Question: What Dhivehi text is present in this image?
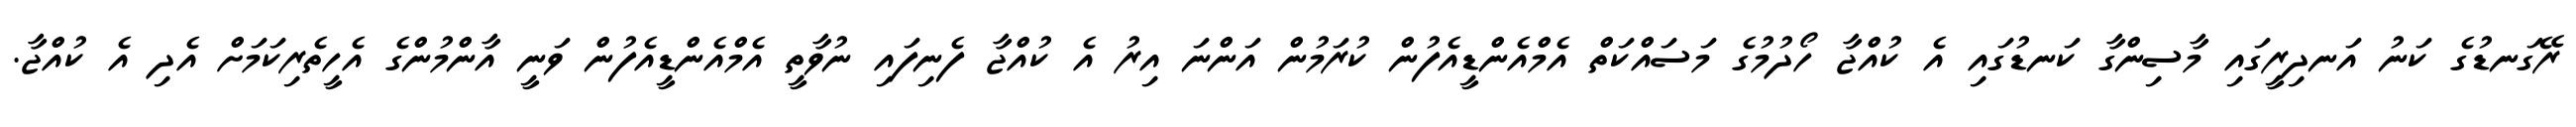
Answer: ރޭގަނޑުގެ ކަނު އަނދިރީގައި މާސިންގާ ކަނޑުގައި އެ ކުއްޖާ ހޯދުމުގެ މަސައްކަތް އެމްއެންޑީއެފުން ކުރަމުން އަންނަ އިރު އެ ކުއްޖާ ފެނިފައި ނުވާތީ އެމްއެންޑީއެފުން ވަނީ އާންމުންގެ އެހީތެރިކަމަށް އެދި އެ ކުއްޖާ.